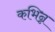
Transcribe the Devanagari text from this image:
कभिन्न